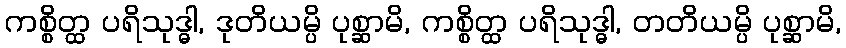
ကစ္စိတ္ထ ပရိသုဒ္ဓါ, ဒုတိယမ္ပိ ပုစ္ဆာမိ, ကစ္စိတ္ထ ပရိသုဒ္ဓါ, တတိယမ္ပိ ပုစ္ဆာမိ,